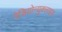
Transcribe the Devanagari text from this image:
रेडियोन्युक्लाइड